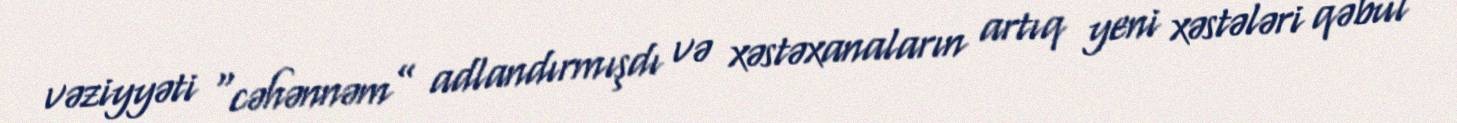
vəziyyəti “cəhənnəm” adlandırmışdı və xəstəxanaların artıq yeni xəstələri qəbul